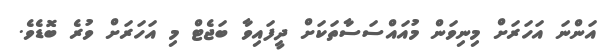
އަންނަ އަހަރަށް މިނިވަން މުއައްސަސާތަކަށް ދީފައިވާ ބަޖެޓް މި އަހަރަށް ވުރެ ބޮޑެވެ.